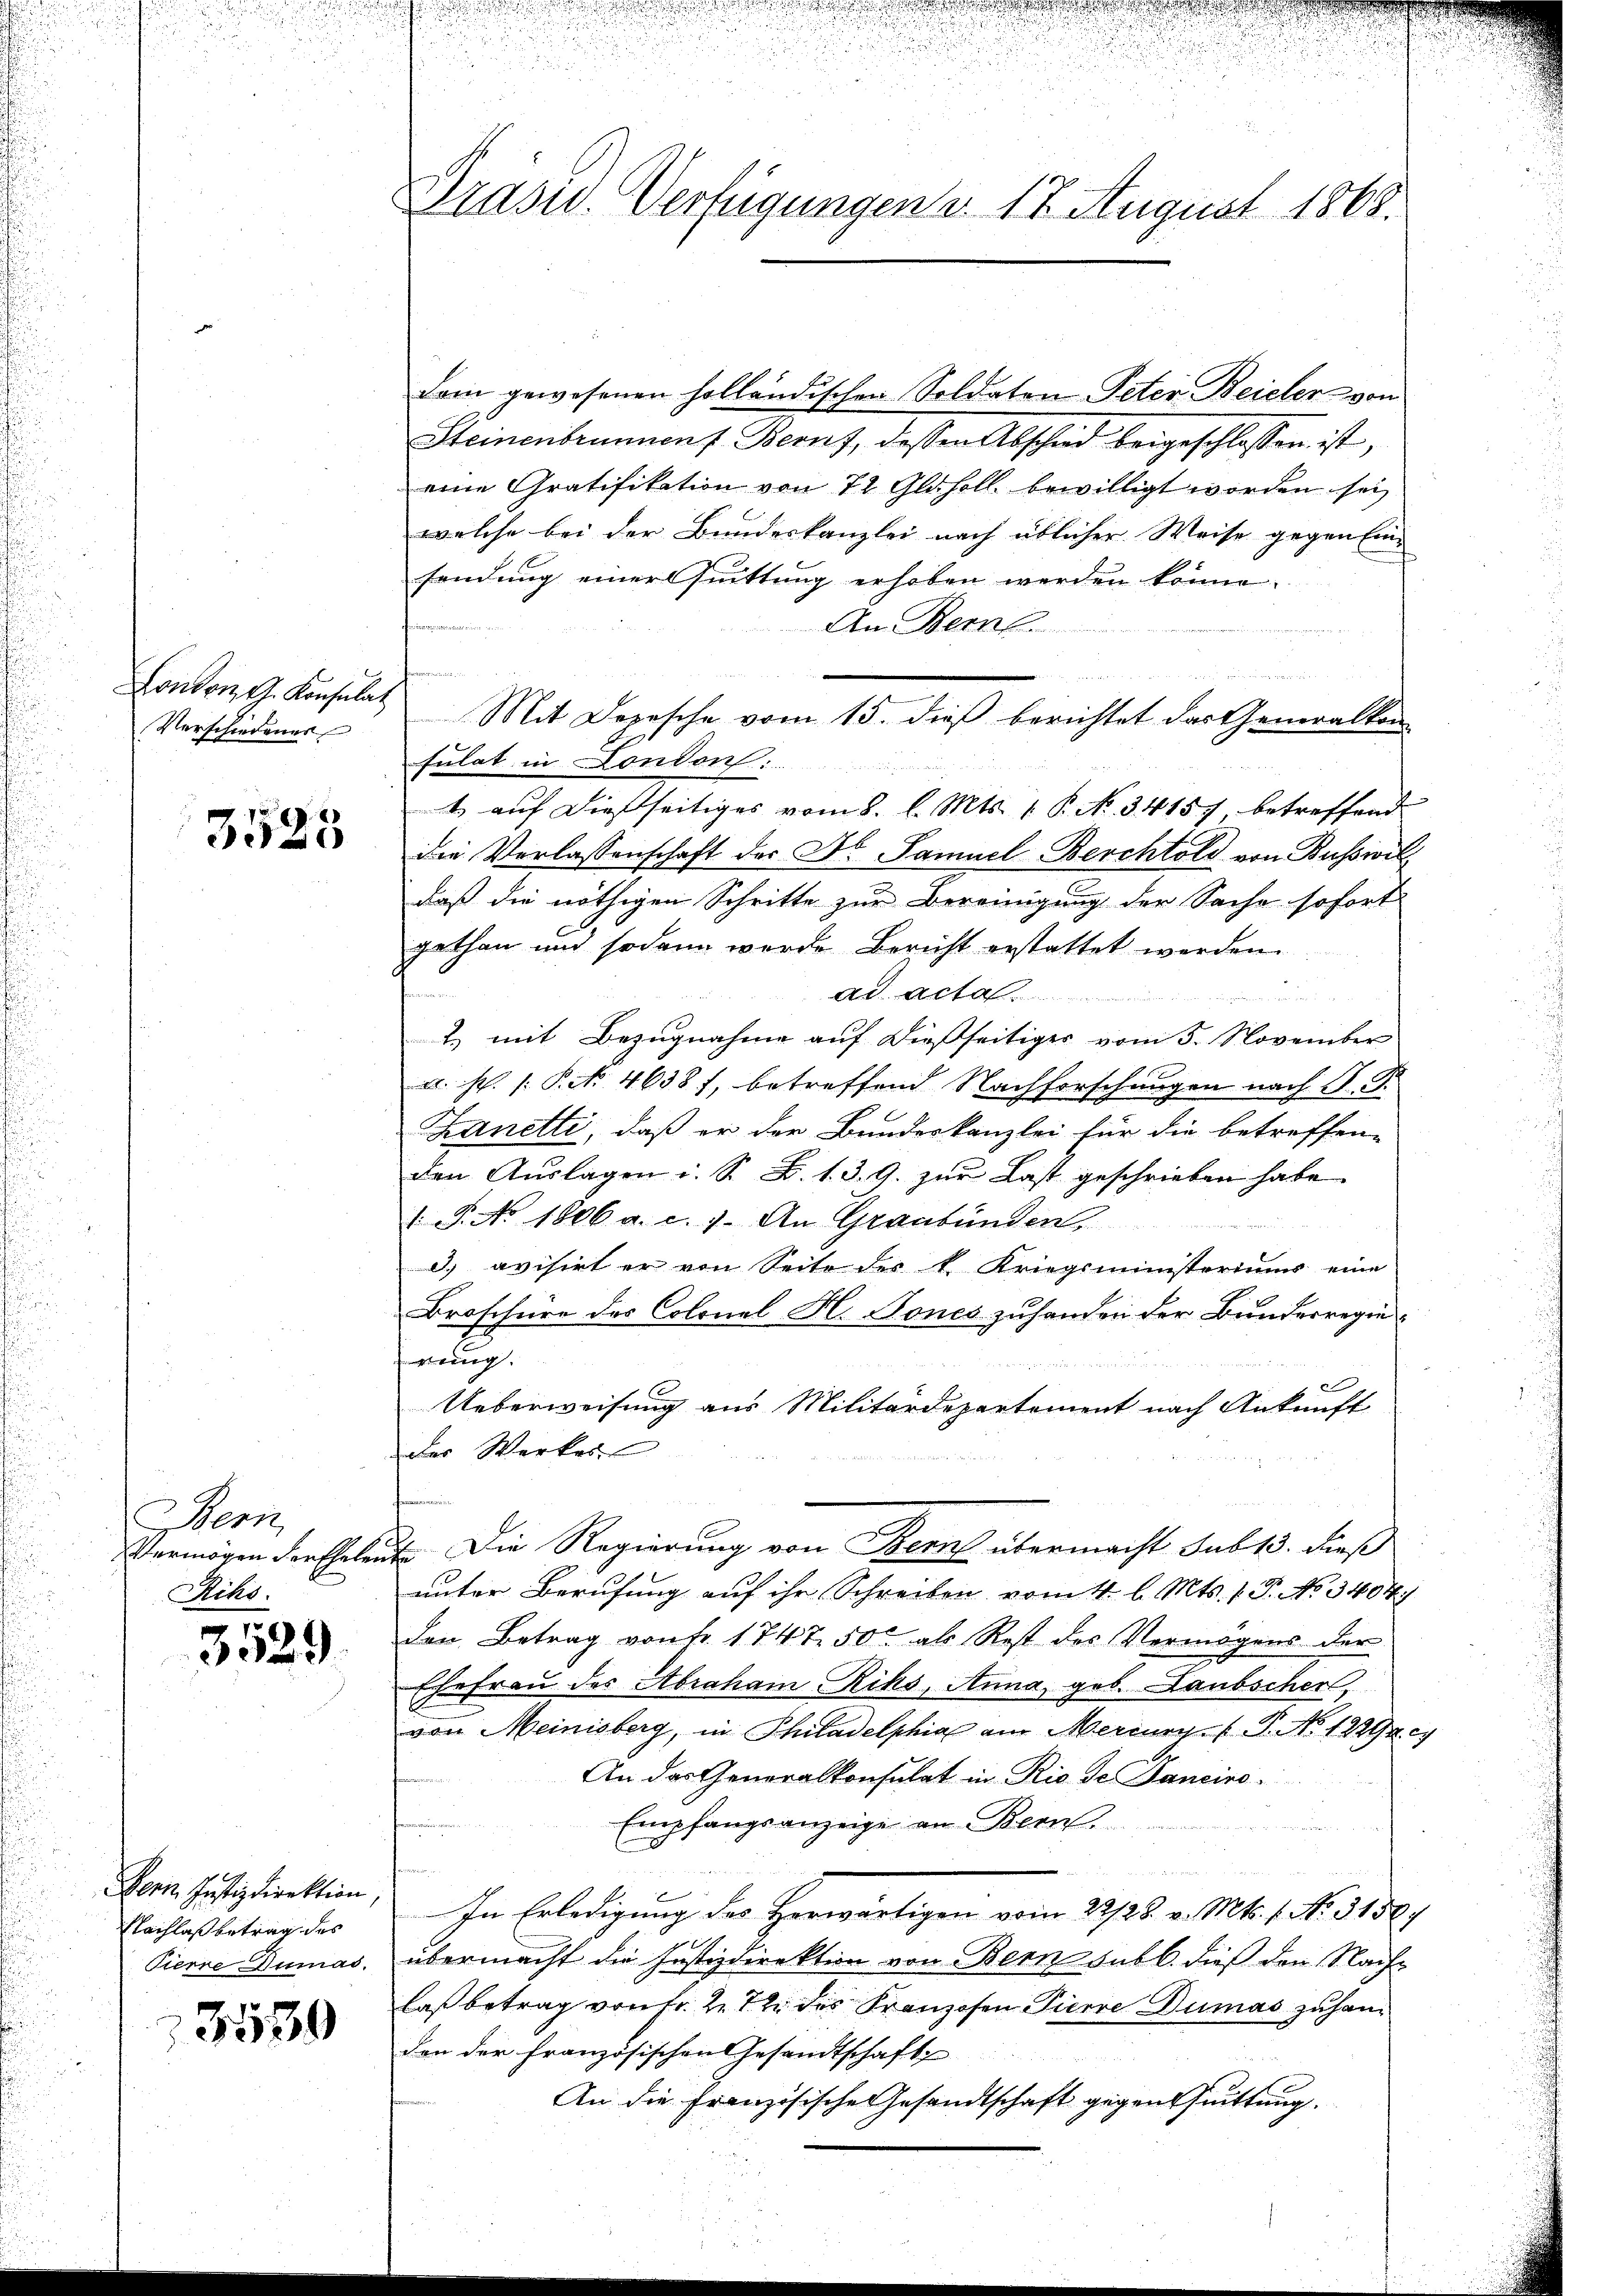
Verschiedener

3525

Hern
Vermögen der Ehelen.
iko

3529

Bern Instizdirektion,
Nachlaß betrag des
Pierre Dumas.

3539

u
Prasiv. Verfügungen d. 17. August 1868.

dam gewesenen holländischen Soldaten Peter Beicher von
Steinenbrunnen Beruf, dessen Abschied beigeschlossen ist,
eine Gratifikation von 72 Glasoll bewilligt worden sei
welche bei der Bundeskanzlei nach üblicher Weise gegen Ein-
sendung einer suittung erhoben werden könne.
An Bern.
Conton G. Konsulat Mit Depesche vom 15. dieß berichtet das Generalkon
sulat in London:

t auf dießseitiges vom 8. l. Mts. 1. P. No. 3415), betreffend
die Verlassenschaft der Dr. Samuel Berchtold von Busswil
daß die nöthigen Schritte zur Bereinigung der Sache sofort
gethan und sodann wurde Bericht erstattet werden.
ad acta
vör¬
) mit Bezugnahme auf dießseitiges vom 5. November
a. p. /: P. No. 46381, betreffend Nachforschungen nach P. F.
Kanetti, daß er der Bundeskanzlei für die betreffen-
den Auslagen i. S. B. 1. 3. G. zur Last geschrieben habe.
1 J. No 1806 a. c. 1. An Graubünden,
d) avisirt er von Seite der k. Kriegsministeriums eine
Broschüre des Colonel H. Tones zuhanden der Bundesregieweg.
e
Ueberweisung aus Militärdepartement nach Ankunft
der Werkes

2. Die Regierung von Bern übermacht sub 15. dieß
unter Berufung auf ihr Schreiben vom 4. l. Mts. 1. P. No. 3404
den Betrag von Fr. 1747 50 als Rest des Vermögens der
Ehefrau des Abraham Rihs, Anna, geb. Laubscher,
von Meinisberg, in Philadelphia am Meriner P. No. 12294. 24
An das Generalkonsulat in Rio de Tanciro¬
Empfangsanzeige an Bern.
In Erledigung des Herwärtigen vom 22/28. v. Mts. 1. No. 3158.
f
übermacht die Justizdirektion von Bern subl. dieß den Nach-
laß betrag von Fr. 2. 12 des Franzosen Pierre Dumas zu handen der französischen Gesandtschaft
An die Französische Gesandtschaft gegentuittung.